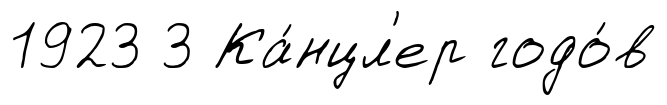
1923 3 Ка́нцл'ер годо́в